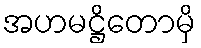
အဟမဋ္ဌိတောမှိ